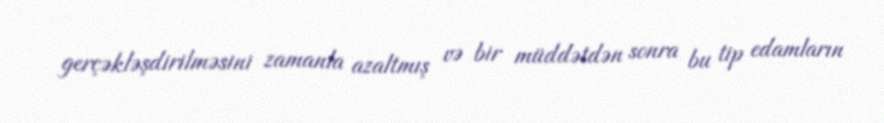
gerçəkləşdirilməsini zamanla azaltmış və bir müddətdən sonra bu tip edamların